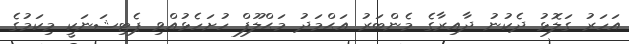
އަހަރު ގަލޮޅު ދެކުނު ދާއިރާގެ މެންބަރު އަޙްމަދު މަޙްލޫފް ހުށަހެޅުއްވި ޕެޓިޝަނަކީ މިކަމުގެ